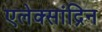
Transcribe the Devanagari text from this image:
एलेक्सांद्रिन